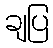
ချပြ